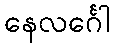
နေလင်္ဂေါ